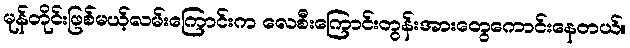
မုန်တိုင်းဖြစ်မယ့်လမ်းကြောင်းက လေစီးကြောင်းတွန်းအားတွေကောင်းနေတယ်။